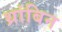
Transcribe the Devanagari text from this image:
थ्रांबिन